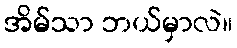
အိမ်သာ ဘယ်မှာလဲ။